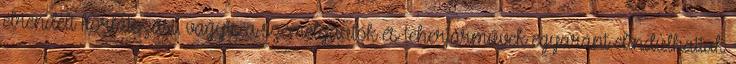
elrendelt korlátozást, vagyis a személyautók és teherjárművek egyaránt elindulhattak